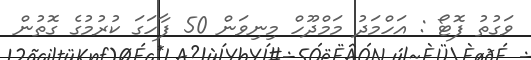
ވަގުތު ފޮޓޯ : އަހްމަދު މަމްދޫހް މިނިވަން 50 ފާހަގަ ކުރުމުގެ ގޮތުން